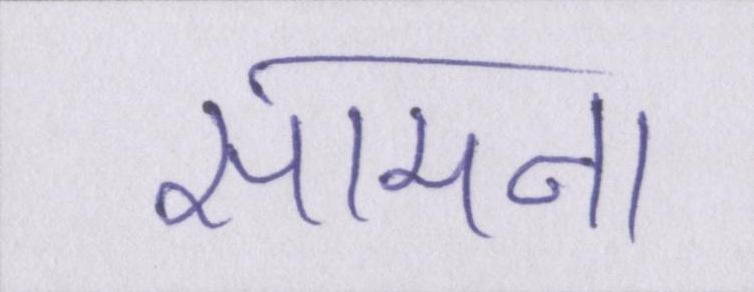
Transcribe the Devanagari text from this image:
सामना